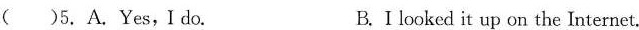
( )5. A. Yes,I do. B. I looked it up on the Internet.